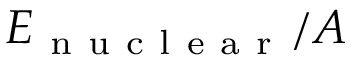
E _ { \mathrm { ~ n ~ u ~ c ~ l ~ e ~ a ~ r ~ } } / A